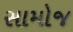
સામોજ